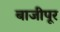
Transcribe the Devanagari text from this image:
बाजीपूर